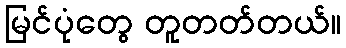
မြင်ပုံတွေ တူတတ်တယ်။